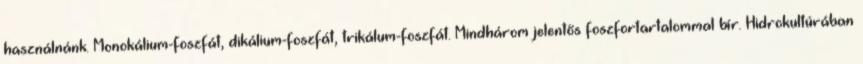
használnánk. Monokálium-foszfát, dikálium-foszfát, trikálum-foszfát. Mindhárom jelentős foszfortartalommal bír. Hidrokultúrában